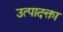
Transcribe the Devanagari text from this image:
उत्पादक्ता